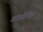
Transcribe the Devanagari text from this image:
अष्टकोणिय